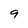
Character: 9